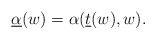
\begin{align*} \underline{\alpha}(w)=\alpha(\underline{t}(w),w).\end{align*}